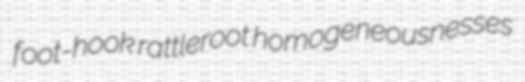
foot-hook rattleroot homogeneousnesses